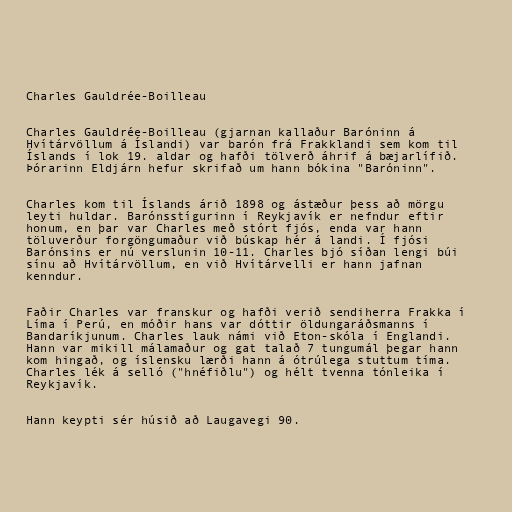
Charles Gauldrée-Boilleau

Charles Gauldrée-Boilleau (gjarnan kallaður Baróninn á
Hvítárvöllum á Íslandi) var barón frá Frakklandi sem kom til
Íslands í lok 19. aldar og hafði tölverð áhrif á bæjarlífið.
Þórarinn Eldjárn hefur skrifað um hann bókina "Baróninn".

Charles kom til Íslands árið 1898 og ástæður þess að mörgu
leyti huldar. Barónsstígurinn í Reykjavík er nefndur eftir
honum, en þar var Charles með stórt fjós, enda var hann
töluverður forgöngumaður við búskap hér á landi. Í fjósi
Barónsins er nú verslunin 10-11. Charles bjó síðan lengi búi
sínu að Hvítárvöllum, en við Hvítárvelli er hann jafnan
kenndur.

Faðir Charles var franskur og hafði verið sendiherra Frakka í
Líma í Perú, en móðir hans var dóttir öldungaráðsmanns í
Bandaríkjunum. Charles lauk námi við Eton-skóla í Englandi.
Hann var mikill málamaður og gat talað 7 tungumál þegar hann
kom hingað, og íslensku lærði hann á ótrúlega stuttum tíma.
Charles lék á selló ("hnéfiðlu") og hélt tvenna tónleika í
Reykjavík.

Hann keypti sér húsið að Laugavegi 90.